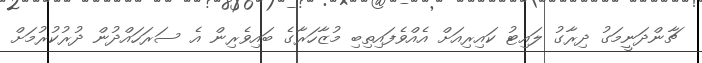
ޗާންދަނީމަގު ދިރާގު ލައިޓު ކައިރިއަށް އެއްވެފައިތިބި މުޒާހަރާގެ ބައިވެރިން އެ ސަރަހައްދުން ދުރުކުރުމަށް